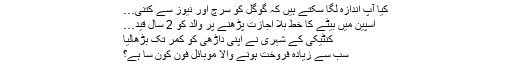
کیا آپ اندازہ لگا سکتے ہیں کہ گوگل کو سرچ اور نیوز سے کتنی…
اسپین میں بیٹے کا خط بلا اجازت پڑھنے پر والد کو 2 سال قید…
کنٹیکی کے شہری نے اپنی داڑھی کو کمر تک بڑھالیا
سب سے زیادہ فروخت ہونے والا موبائل فون کون سا ہے؟